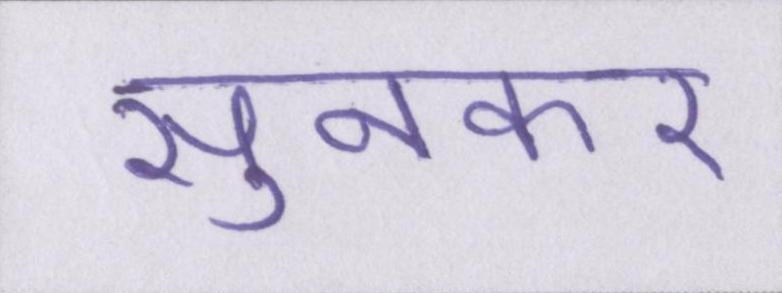
सुनकर